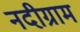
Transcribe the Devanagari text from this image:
नदीग्राम